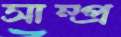
সাম্প্র